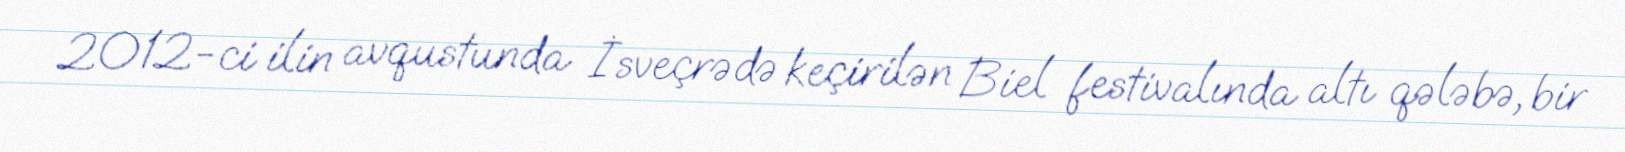
2012-ci ilin avqustunda İsveçrədə keçirilən Biel festivalında altı qələbə, bir